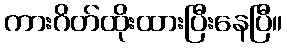
ကားဂိတ်ထိုးထားပြီးနေပြီ။